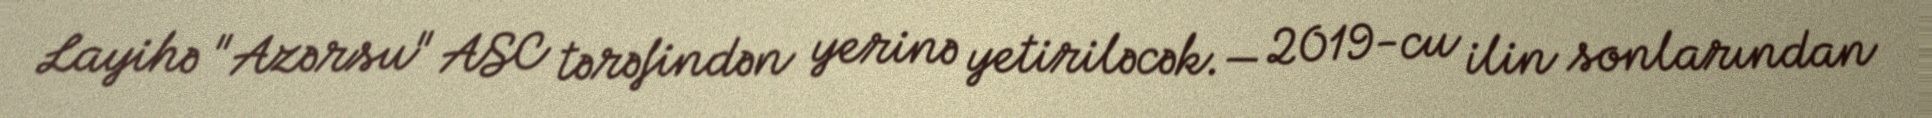
Layihə "Azərsu" ASC tərəfindən yerinə yetiriləcək.— 2019-cu ilin sonlarından